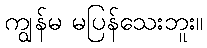
ကျွန်မ မပြန်သေးဘူး။